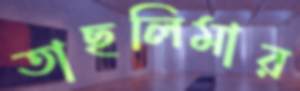
তাছলিমার